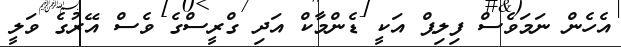
އެހެން ނަމަވެސް ފިލިޕް އަކީ ޑެންމާކް އަދި ގްރީސްގެ ވެސް އޭރުގެ ވަލީ